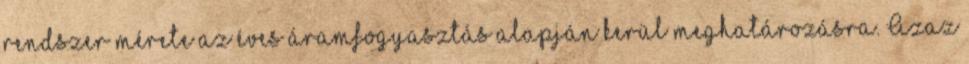
rendszer mérete az éves áramfogyasztás alapján kerül meghatározásra. Azaz